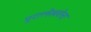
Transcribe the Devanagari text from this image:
पुरालेखवेत्ता